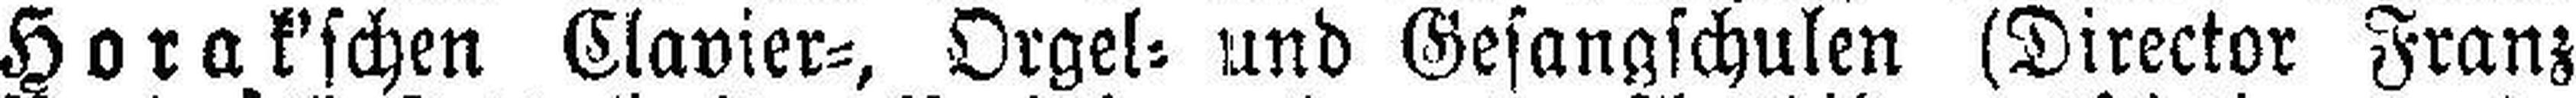
Horak'schen Clavier=, Orgel= und Gesangschulen (Director Franz